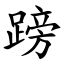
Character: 䠙